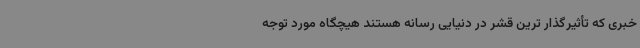
خبری که تأثیرگذار ترین قشر در دنیایی رسانه هستند هیچگاه مورد توجه